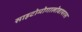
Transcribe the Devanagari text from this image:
साइटोमोगालोवायरस